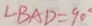
\angle B A D = 9 0 ^ { \circ }